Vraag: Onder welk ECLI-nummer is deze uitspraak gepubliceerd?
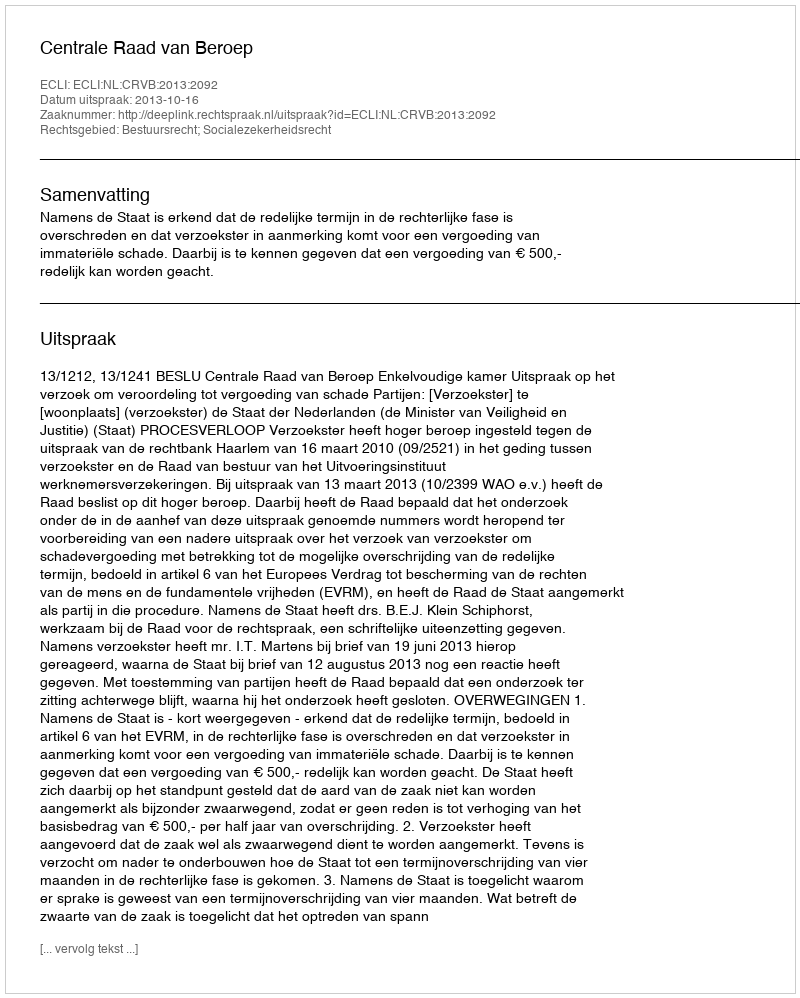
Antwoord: ECLI:NL:CRVB:2013:2092